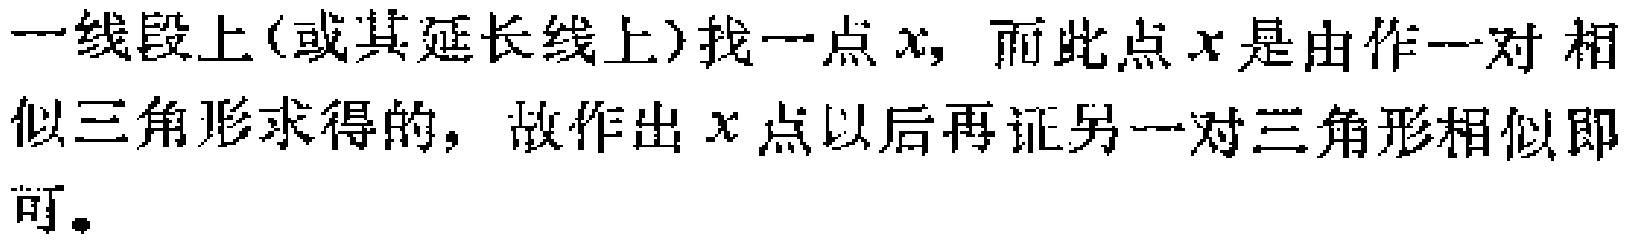
一线段上(或其延长线上)找一点\(x\)，而此点\(x\)是由作一对 相似三角形求得的，故作出\(x\)点以后再证另一对三角形相似即可。